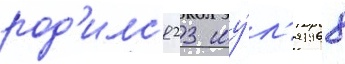
род'илс'я 23 иу́л'я 1968